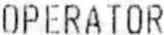
OPERATOR